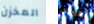
المخزن تعودى